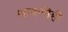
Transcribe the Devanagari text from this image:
श्रावणीही